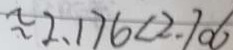
\approx 2 . 1 7 6 < 2 . 7 0 6